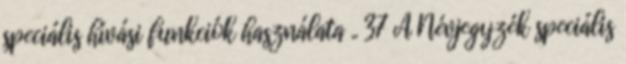
speciális hívási funkciók használata .. 37 A Névjegyzék speciális